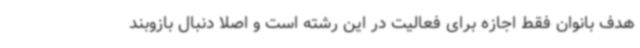
هدف بانوان فقط اجازه برای فعالیت در این رشته است و اصلا دنبال بازوبند